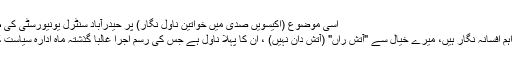
اسی موضوع (اکیسویں صدی میں خواتین ناول نگار) پر حیدرآباد سنٹرل یونیورسٹی کی طالبہ تحقیق کر رہی ہے
قمر جمالی حیدرآباد کی اہم افسانہ نگار ہیں، میرے خیال سے "آتش راں" (آتش دان نہیں) ، ان کا پہلا ناول ہے جس کی رسم اجرا غالباً گذشتہ ماہ ادارہ سیاست کے زیراہتمام ہوئی تھی۔